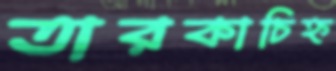
তারকাচিহ্ন